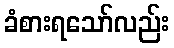
ခံစားရသော်လည်း